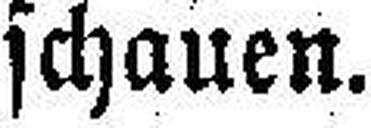
schauen.